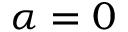
\alpha = 0